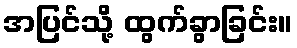
အပြင်သို့ ထွက်ခွာခြင်း။